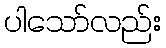
ပါသော်လည်း